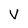
Character: v